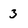
Character: 3